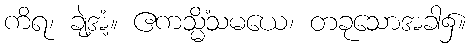
ကိရ၊ ချဲ့အံ့။ ဧကသ္မိံသမယေ၊ တခုသောအခါ၌။